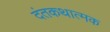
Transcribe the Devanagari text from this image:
दंतकथात्मक